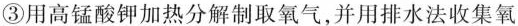
③用高锰酸钾加热分解制取氧气，并用排水法收集氧